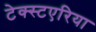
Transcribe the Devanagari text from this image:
टेक्स्टएरिया